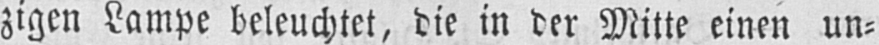
zigen Lampe beleuchtet, die in der Mitte einen un⸗